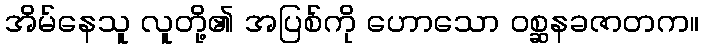
အိမ်နေသူ လူတို့၏ အပြစ်ကို ဟောသော ဝစ္ဆနခဇာတက။